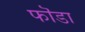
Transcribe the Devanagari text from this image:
फॊडा